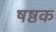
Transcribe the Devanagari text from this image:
षष्ठक